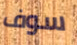
سوف